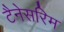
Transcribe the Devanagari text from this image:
टैनेसरिम